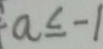
a \leq - 1